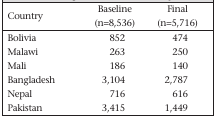
<table><thead><tr><td><b>Country</b></td><td><b>Baseline (n=8,536)</b></td><td><b>Final (n=5,716)</b></td></tr></thead><tbody><tr><td>Bolivia</td><td>852</td><td>474</td></tr><tr><td>Malawi</td><td>263</td><td>250</td></tr><tr><td>Mali</td><td>186</td><td>140</td></tr><tr><td>Bangladesh</td><td>3,104</td><td>2,787</td></tr><tr><td>Nepal</td><td>716</td><td>616</td></tr><tr><td>Pakistan</td><td>3,415</td><td>1,449</td></tr></tbody></table>